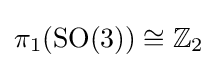
\pi _{1}({\text{SO}}(3))\cong \mathbb {Z} _{2}